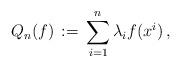
LaTeX: \begin{align*} Q_n(f) \,:=\, \sum\limits_{i=1}^n \lambda_if(x^i)\,,\end{align*}